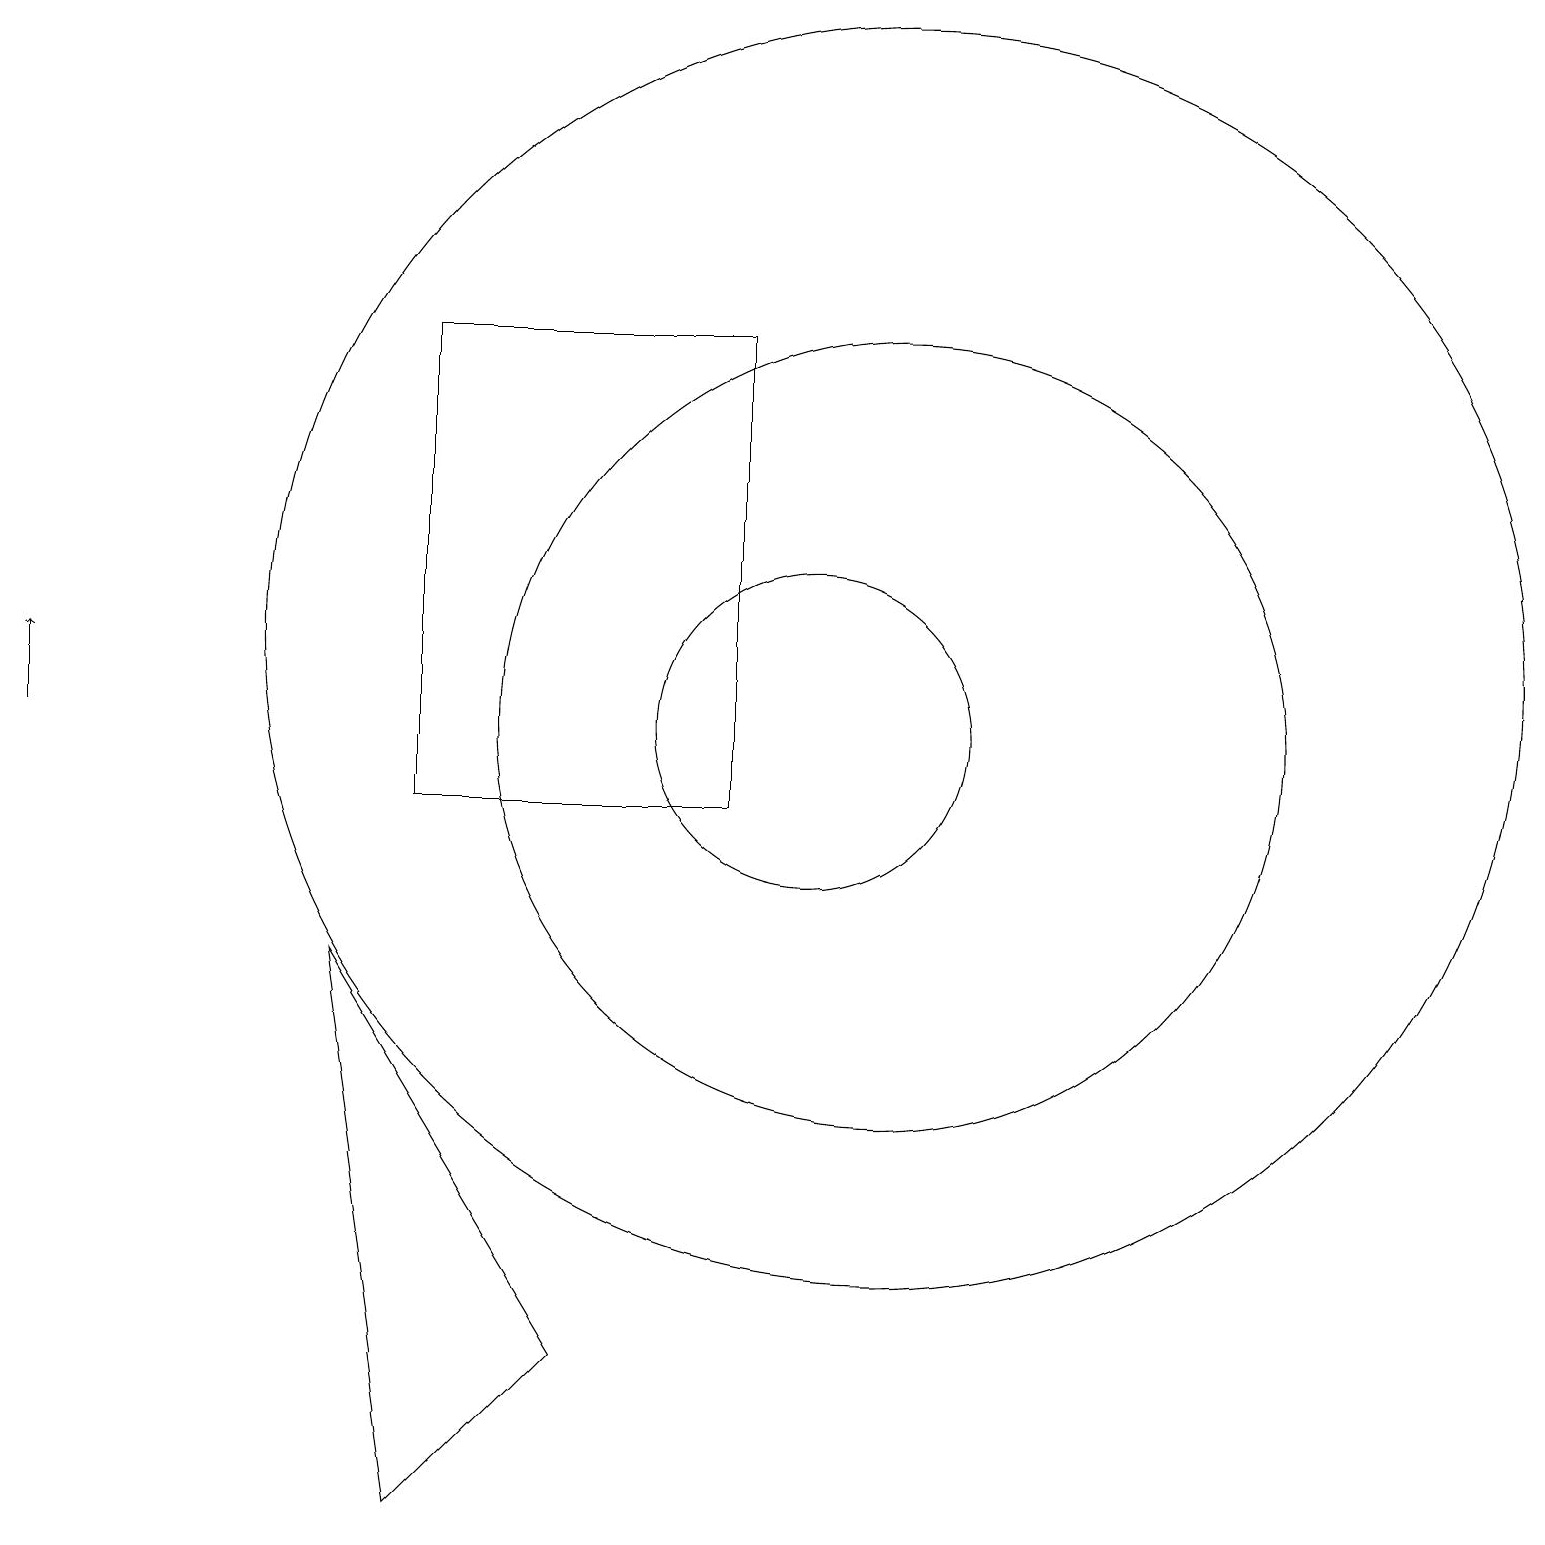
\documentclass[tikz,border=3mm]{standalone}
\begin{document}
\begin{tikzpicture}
\draw (11,11) circle (5);
\draw (7,3) -- (5,1) -- (4,8) -- cycle;
\draw (10,11) circle (2);
\draw (9,10) rectangle (5,16);
\draw (11,12) circle (8);
\draw[->] (0,11) -- (0,12);
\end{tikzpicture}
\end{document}